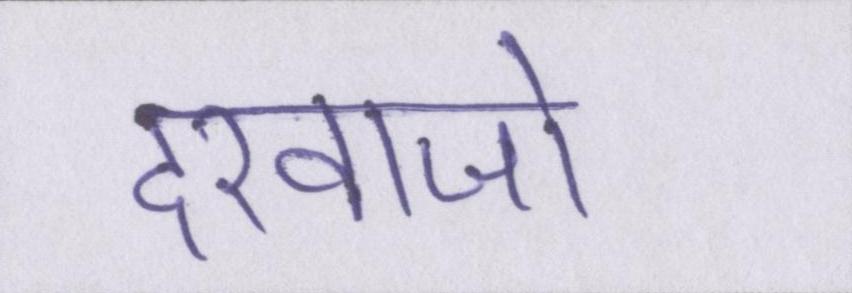
दरवाजो